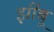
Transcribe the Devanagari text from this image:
झोंंबू